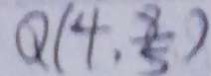
Q ( 4 , \frac { 8 } { 5 } )